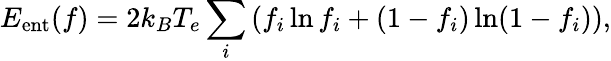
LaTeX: {\displaystyle E_{\mathrm{ent}}(f)=2k_{B}T_{e}\sum_{i}\left(f_{i}\ln f_{i}+(1-f_{i})\ln(1-f_{i})\right)},